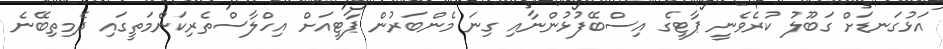
އަޅުގަނޑަށް ގަބޫލު ކުރެވެނީ ޕާޓީގެ އިސްބޭފުޅުންނާއި ގިނަ މެންބަރުން ޕާޓީއަށް އިހްލާސްތެރިކަންމަތީގައި ދެމިތިބޭނެ